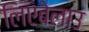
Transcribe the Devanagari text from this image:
लिएबेलाउ